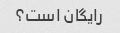
رایگان است؟